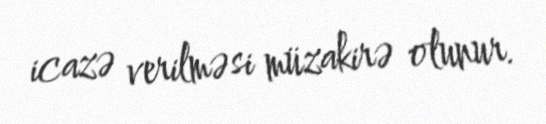
icazə verilməsi müzakirə olunur.